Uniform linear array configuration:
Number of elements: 32
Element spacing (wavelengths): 0.5
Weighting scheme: hann
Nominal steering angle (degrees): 0
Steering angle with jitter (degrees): -1.954
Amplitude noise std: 0.05
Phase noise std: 0.05

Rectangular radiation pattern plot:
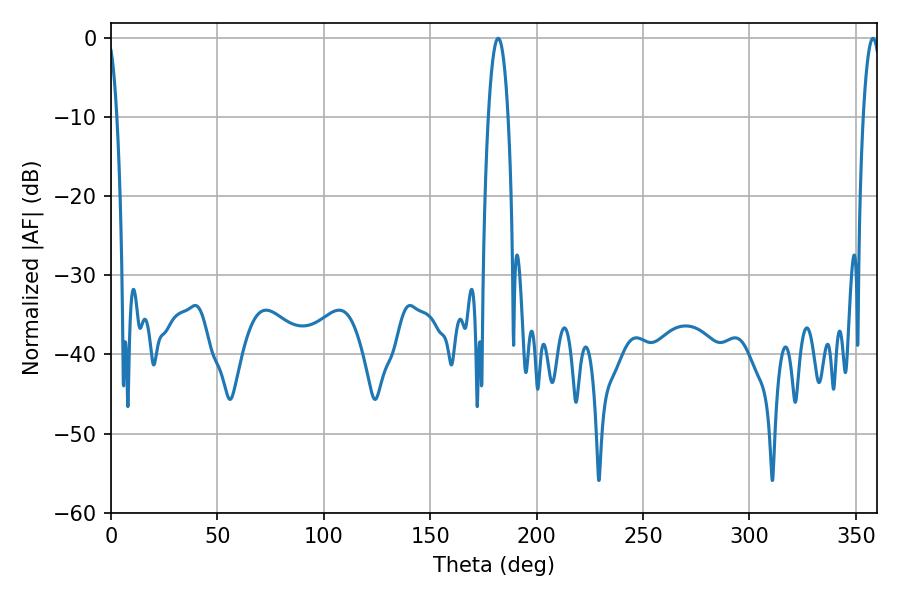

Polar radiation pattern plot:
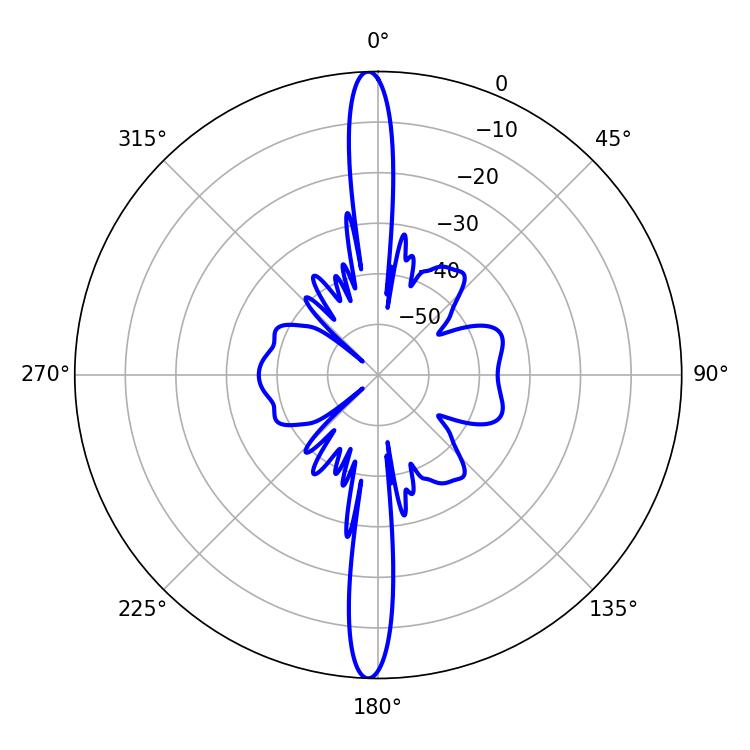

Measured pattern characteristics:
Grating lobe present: FALSE
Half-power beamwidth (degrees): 5.22
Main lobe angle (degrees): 181.98